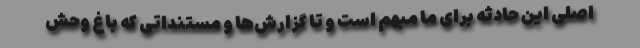
اصلی این حادثه برای ما مبهم است و تا گزارش‌ها و مستنداتی که باغ‌ وحش